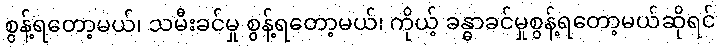
စွန့်ရတော့မယ်၊ သမီးခင်မှု စွန့်ရတော့မယ်၊ ကိုယ့် ခန္ဓာခင်မှုစွန့်ရတော့မယ်ဆိုရင်